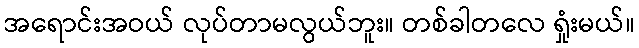
အရောင်းအဝယ် လုပ်တာမလွယ်ဘူး။ တစ်ခါတလေ ရှုံးမယ်။